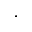
\cdot